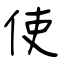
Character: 使